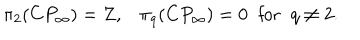
\pi _ { 2 } ( C P _ { \infty } ) = Z , \pi _ { q } ( C P _ { \infty } ) = 0 \; \; \mathrm { f o r } \; \; q \neq 2 .